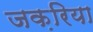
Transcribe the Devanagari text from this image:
जक़रिया